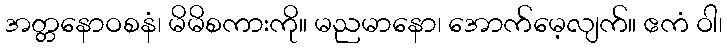
အတ္တနောဝစနံ၊ မိမိစကားကို။ မညမာနော၊ အောက်မေ့လျက်။ ဧကံ ဝါ၊